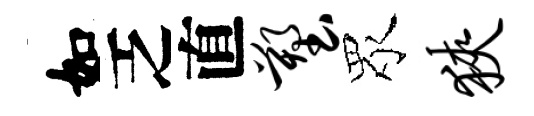
如乏直塑眾狭